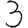
Digit: 3